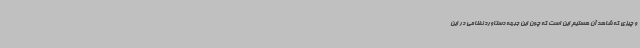
و چیزی که شاهد آن هستیم این است که چون این جبهه دستاورد نظامی در این